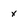
Character: x